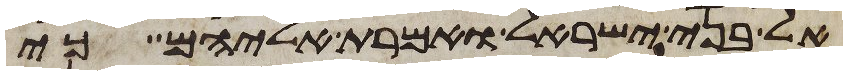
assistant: אל בני ישראל ואמרת אליהם כי